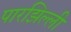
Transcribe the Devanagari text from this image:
पारझिल्ली